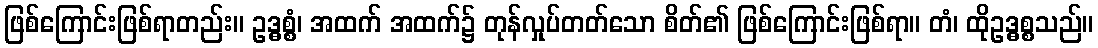
ဖြစ်ကြောင်းဖြစ်ရာတည်း။ ဥဒ္ဓစ္စံ၊ အထက် အထက်၌ တုန်လှုပ်တတ်သော စိတ်၏ ဖြစ်ကြောင်းဖြစ်ရာ။ တံ၊ ထိုဥဒ္ဓစ္စသည်။